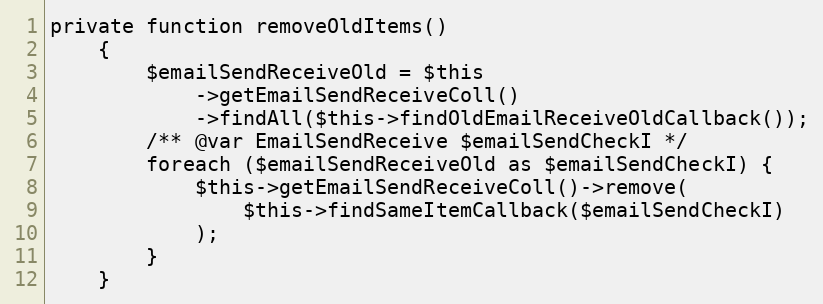
Language: PHP
private function removeOldItems()
    {
        $emailSendReceiveOld = $this
            ->getEmailSendReceiveColl()
            ->findAll($this->findOldEmailReceiveOldCallback());
        /** @var EmailSendReceive $emailSendCheckI */
        foreach ($emailSendReceiveOld as $emailSendCheckI) {
            $this->getEmailSendReceiveColl()->remove(
                $this->findSameItemCallback($emailSendCheckI)
            );
        }
    }